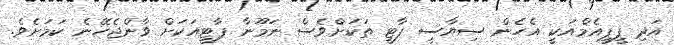
އަދި ޕީޕީއެމްއަކީ އެހެން ސިޔާސީ ޕާޓީ ތަކަށްވެސް ނަމޫނާ ޕާޓީއަކަށް ވާންޖެހޭނެ ކަމަށެވެ.